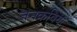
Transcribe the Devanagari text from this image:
जनकवियों